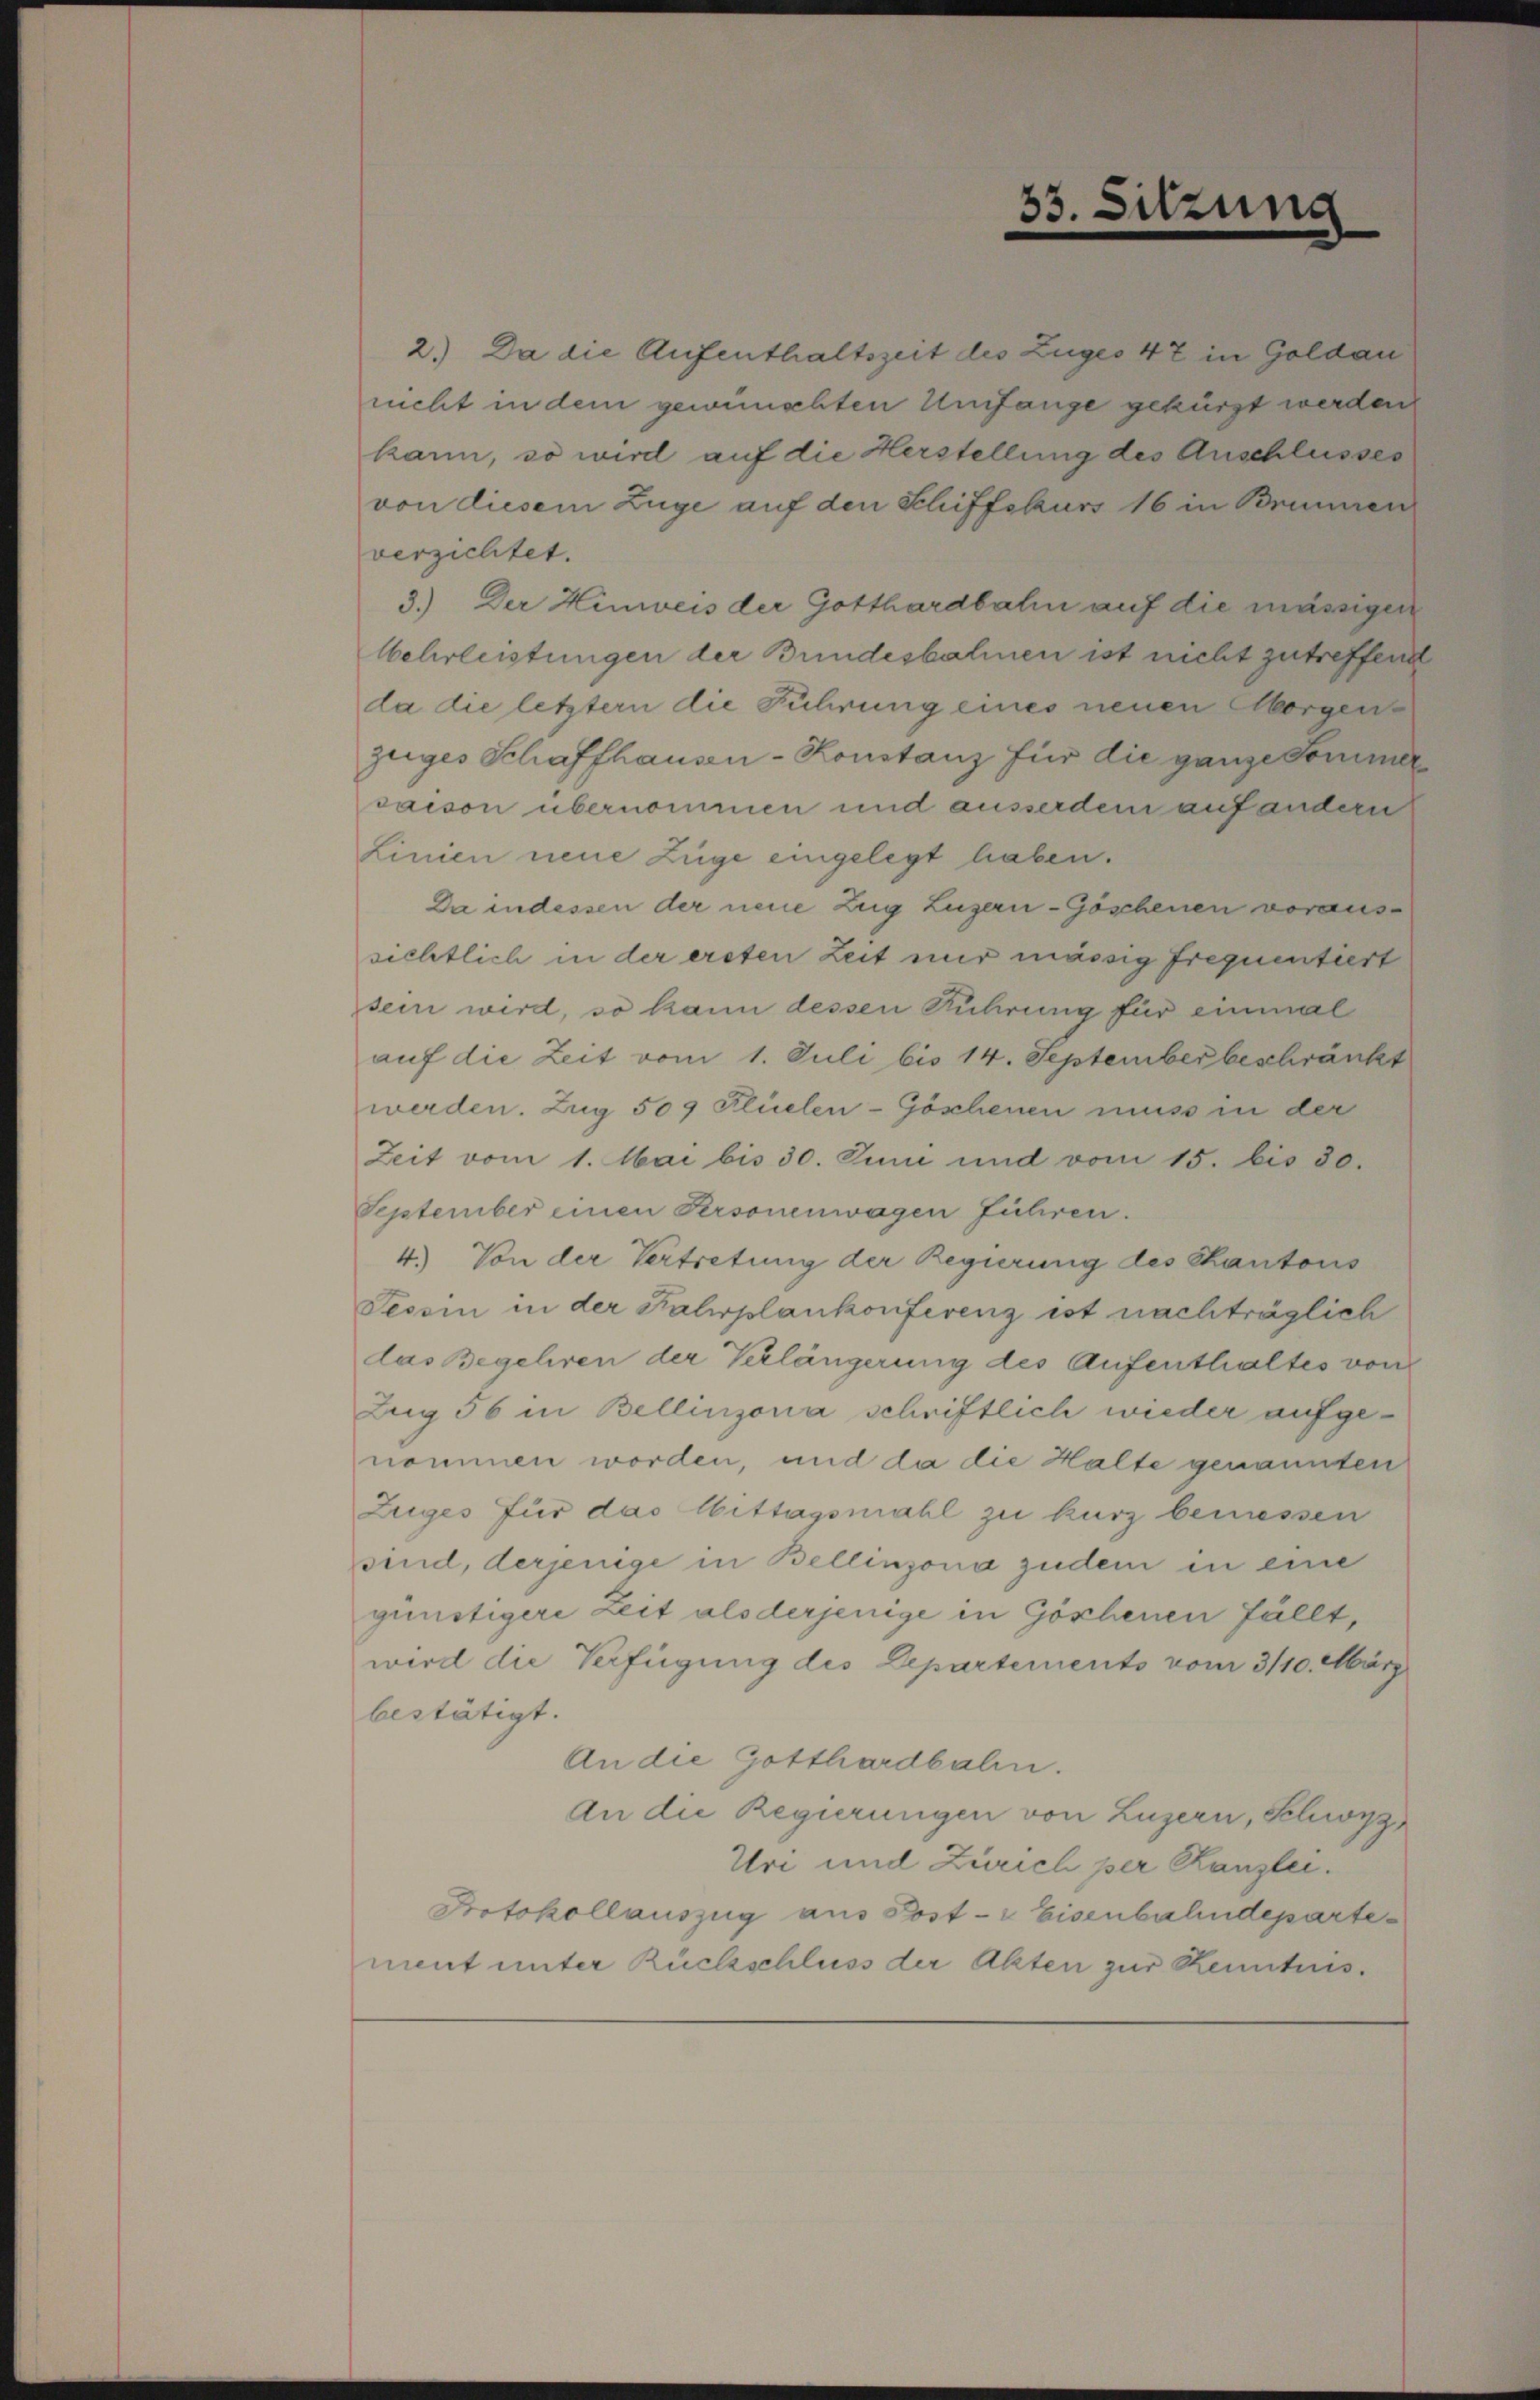
33. Sitzung

verzichtet.
4.) Von der Vertretung der Regierung des Kantons
Tessin in der Fahrplankonferenz ist nachträglich
das Begehren der Verlängerung des Aufenthaltes von
Zeg 56 in Bellinzona schriftlich wieder aufgenommen worden, und da die Halte genannten
Zuges für das Mittagsmahl zu kurz bemessen
sind, derjenige in Bellinzona zudem in eine
günstigere Zeit als derjenige in Göschenen Fällt,
wird die Verfügung des Departements vom 3/10. März
bestätigt.
An die Gotthardbahn.
An die Regierungen von Luzern, Schwyz
Uri und Zürich per Kanzlei.
Protokollauszug aus Post- & Eisenbahndepartement unter Rückschluss der Akten zur Kenntnis.

2.) Da die Aufenthaltszeit des Zuges 47 in Goldau
nicht in dem gewünschten Umfange gekürzt werden
kann, so wird auf die Herstellung des Anschlusses
von diesem Züge auf den Schiffskurs 16 in Brennen
3.) Der Hinweis der Gotthardbahn auf die mässigen
behrleistungen der Bundesbahnen ist nicht zutreffend
da die letztern die Führung eines neuen Morgenzueges Schaffhausen-Konstanz für die ganze Sommer
saison übernommen und ausserdem auf andern
Linien neue Züge eingelegt haben.
Da indessen der neue Zug Luzern - Göschenen voraussichtlich in der ersten Zeit nur mässig frequentiert
sein wird, so kann dessen Führung für einmal
auf die Zeit vom 1. Juli bis 14. September beschränkt
werden. Zug 509 Flüelen-Göschenen muss in der
Zeit vom 1. Mai bis 30. Juni und vom 15. bis 30.
September einen Personenwagen führen.